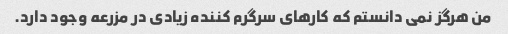
من هرگز نمی دانستم که کارهای سرگرم کننده زیادی در مزرعه وجود دارد.